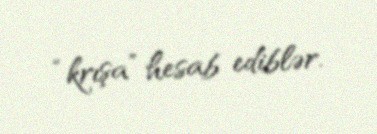
“krışa” hesab ediblər.